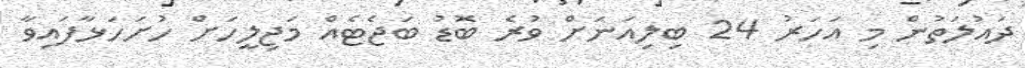
ދައުލަތުން މި އަހަރު 24 ބިލިއަނަށް ވުރެ ބޮޑު ބަޖެޓެއް މަޖިލީހަށް ހުށަހަޅާފައިވާ